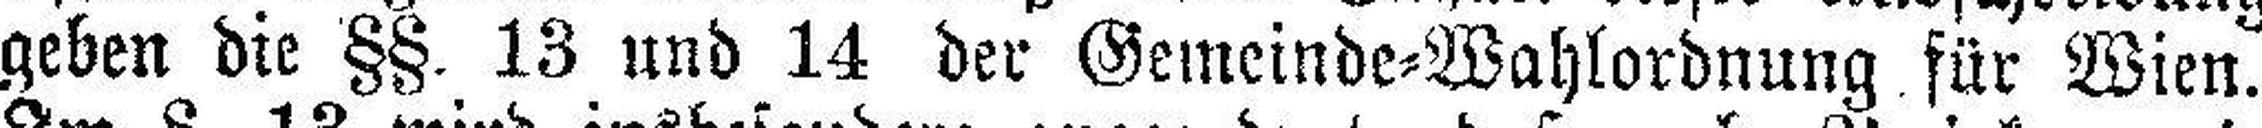
geben die §§. 13 und 14 der Gemeinde=Wahlordnung für Wien.